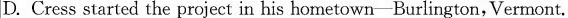
D.Cress started the project in his hometown-Burlington,Vermont.